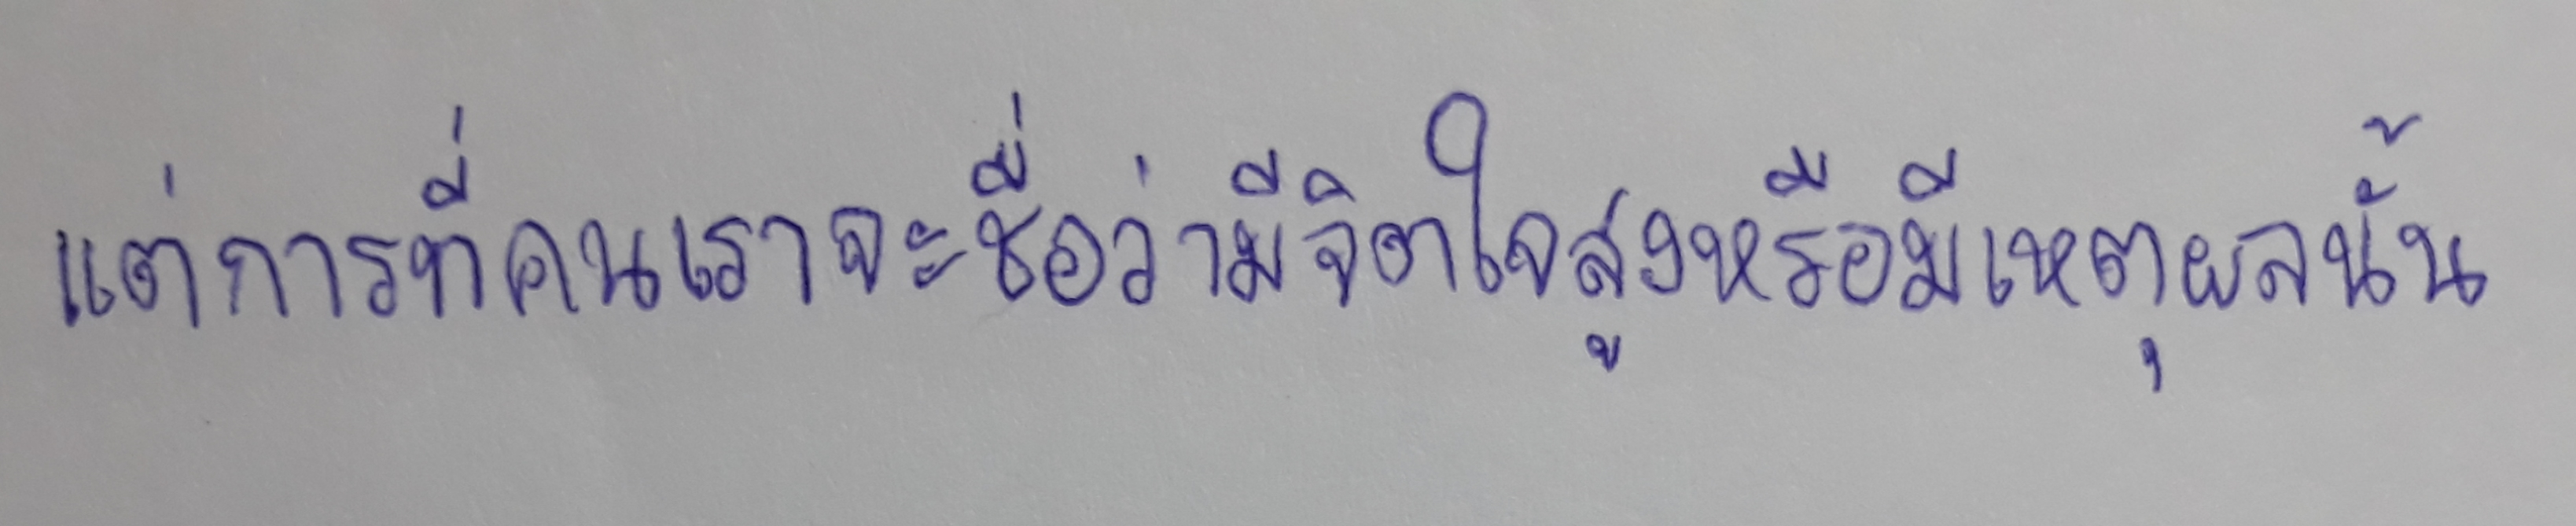
แต่การที่คนเราจะชื่อว่ามีจิตใจสูงหรือมีเหตุผลนั้น